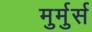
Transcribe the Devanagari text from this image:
मुर्मुर्स